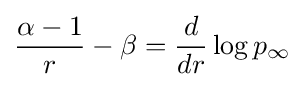
{\alpha -1 \over {r}}-\beta ={d \over {dr}}\log p_{\infty }